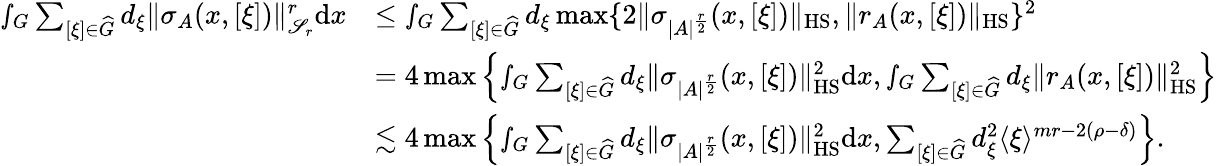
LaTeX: \begin{array}{rl}{\smallint_{G}\sum_{[\xi]\in\widehat{G}}d_{\xi}\Vert\sigma_{A}(x,[\xi])\Vert_{\mathscr{S}_{r}}^{r}\textnormal{d}x}&{\leq\smallint_{G}\sum_{[\xi]\in\widehat{G}}d_{\xi}\operatorname*{max}\{ 2\Vert\sigma_{|A|^{\frac{r}{2}}}(x,[\xi])\Vert_{\textnormal{HS}},\Vert r_{A}(x,[\xi])\Vert_{\textnormal{HS}}\} ^{2}}\\ &{=4\operatorname*{max}\left\{ \smallint_{G}\sum_{[\xi]\in\widehat{G}}d_{\xi}\Vert\sigma_{|A|^{\frac{r}{2}}}(x,[\xi])\Vert_{\textnormal{HS}}^{2}\textnormal{d}x,\smallint_{G}\sum_{[\xi]\in\widehat{G}}d_{\xi}\Vert r_{A}(x,[\xi])\Vert_{\textnormal{HS}}^{2}\right\} }\\ &{\lesssim 4\operatorname*{max}\left\{ \smallint_{G}\sum_{[\xi]\in\widehat{G}}d_{\xi}\Vert\sigma_{|A|^{\frac{r}{2}}}(x,[\xi])\Vert_{\textnormal{HS}}^{2}\textnormal{d}x,\sum_{[\xi]\in\widehat{G}}d_{\xi}^{2}\langle\xi\rangle^{mr-2(\rho-\delta)}\right\} .}\end{array}